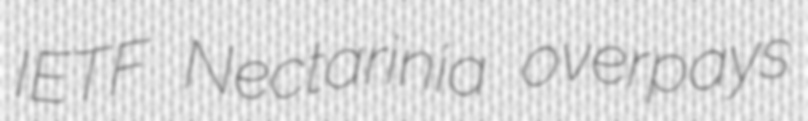
IETF Nectarinia overpays